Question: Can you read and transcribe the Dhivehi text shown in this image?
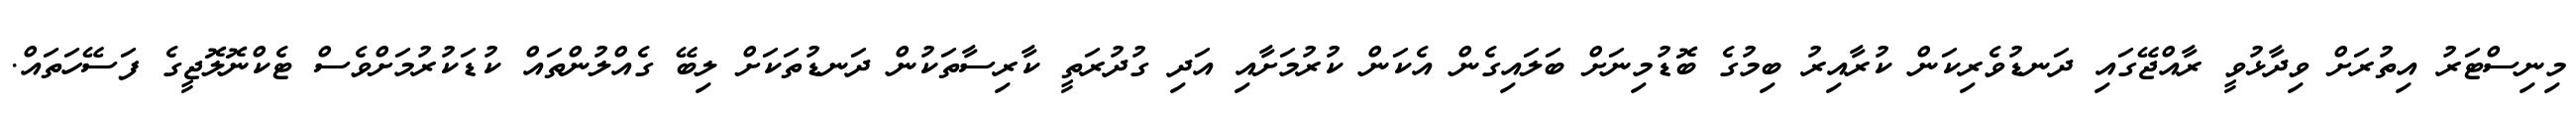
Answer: މިނިސްޓަރު އިތުރަށް ވިދާޅުވީ ރާއްޖޭގައި ދަނޑުވެރިކަން ކުރާއިރު ބިމުގެ ބޮޑުމިނަށް ބަލައިގެން އެކަން ކުރުމަށާއި އަދި ގުދުރަތީ ކާރިސާތަކުން ދަނޑުތަކަށް ލިބޭ ގެއްލުންތައް ކުޑަކުރުމަށްވެސް ޓެކްނޮލޮޖީގެ ފަސޭހަތައް.